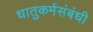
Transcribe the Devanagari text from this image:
धातुकर्मसंबंधी